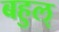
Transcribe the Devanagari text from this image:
बहुल्